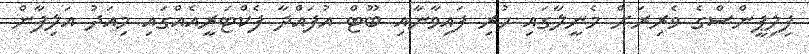
ފިލިޕީންސްގެ ވެރިރަށް މެނީލާގައި ހުރި ފައިވާނާއި ބޫޓް އުފައްދާ ފެކްޓަރީއެއްގައި މިއަދު އަލިފާން